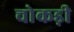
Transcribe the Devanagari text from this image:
चोकड़ी